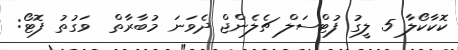
ކޮކާކޯލާ 5 ލީގު ފުޓްސަލް ޗެލެންޖް ދެވަނަ މުބާރާތް  ވަގުތު ފޮޓޯ: